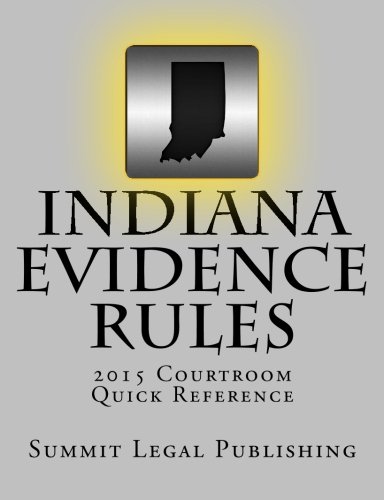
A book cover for Indiana Evidence Rules Courtroom Quick Reference: 2015; Summit Legal Publishing; Law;